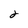
Character: 2